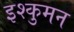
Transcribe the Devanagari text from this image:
इश्कुमन